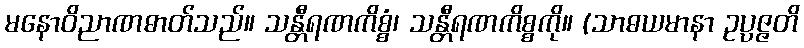
မနောဝိညာဏဓာတ်သည်။ သန္တီရဏကိစ္စံ၊ သန္တီရဏကိစ္စကို။ (သာဓယမာနာ ဥပ္ပဇ္ဇတိ